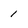
Character: 1